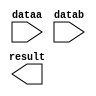
// megafunction wizard: %LPM_MULT%VBB%
// GENERATION: STANDARD
// VERSION: WM1.0
// MODULE: lpm_mult 

// ============================================================
// Megafunction Name(s):
// 			lpm_mult
//
// Simulation Library Files(s):
// 			lpm
// ============================================================
// ************************************************************
// THIS IS A WIZARD-GENERATED FILE. DO NOT EDIT THIS FILE!
//
// 13.0.1 Build 232 06/12/2013 SP 1 SJ Web Edition
// ************************************************************

//Copyright (C) 1991-2013 Altera Corporation
//Your use of Altera Corporation's design tools, logic functions 
//and other software and tools, and its AMPP partner logic 
//functions, and any output files from any of the foregoing 
//(including device programming or simulation files), and any 
//associated documentation or information are expressly subject 
//to the terms and conditions of the Altera Program License 
//Subscription Agreement, Altera MegaCore Function License 
//Agreement, or other applicable license agreement, including, 
//without limitation, that your use is for the sole purpose of 
//programming logic devices manufactured by Altera and sold by 
//Altera or its authorized distributors.  Please refer to the 
//applicable agreement for further details.

module mult (
	dataa,
	datab,
	result);

	input	[15:0]  dataa;
	input	[15:0]  datab;
	output	[31:0]  result;

endmodule

// ============================================================
// CNX file retrieval info
// ============================================================
// Retrieval info: PRIVATE: AutoSizeResult NUMERIC "1"
// Retrieval info: PRIVATE: B_isConstant NUMERIC "0"
// Retrieval info: PRIVATE: ConstantB NUMERIC "0"
// Retrieval info: PRIVATE: INTENDED_DEVICE_FAMILY STRING "Cyclone IV GX"
// Retrieval info: PRIVATE: LPM_PIPELINE NUMERIC "0"
// Retrieval info: PRIVATE: Latency NUMERIC "0"
// Retrieval info: PRIVATE: SYNTH_WRAPPER_GEN_POSTFIX STRING "0"
// Retrieval info: PRIVATE: SignedMult NUMERIC "0"
// Retrieval info: PRIVATE: USE_MULT NUMERIC "1"
// Retrieval info: PRIVATE: ValidConstant NUMERIC "0"
// Retrieval info: PRIVATE: WidthA NUMERIC "16"
// Retrieval info: PRIVATE: WidthB NUMERIC "16"
// Retrieval info: PRIVATE: WidthP NUMERIC "32"
// Retrieval info: PRIVATE: aclr NUMERIC "0"
// Retrieval info: PRIVATE: clken NUMERIC "0"
// Retrieval info: PRIVATE: new_diagram STRING "1"
// Retrieval info: PRIVATE: optimize NUMERIC "0"
// Retrieval info: LIBRARY: lpm lpm.lpm_components.all
// Retrieval info: CONSTANT: LPM_HINT STRING "MAXIMIZE_SPEED=5"
// Retrieval info: CONSTANT: LPM_REPRESENTATION STRING "UNSIGNED"
// Retrieval info: CONSTANT: LPM_TYPE STRING "LPM_MULT"
// Retrieval info: CONSTANT: LPM_WIDTHA NUMERIC "16"
// Retrieval info: CONSTANT: LPM_WIDTHB NUMERIC "16"
// Retrieval info: CONSTANT: LPM_WIDTHP NUMERIC "32"
// Retrieval info: USED_PORT: dataa 0 0 16 0 INPUT NODEFVAL "dataa[15..0]"
// Retrieval info: USED_PORT: datab 0 0 16 0 INPUT NODEFVAL "datab[15..0]"
// Retrieval info: USED_PORT: result 0 0 32 0 OUTPUT NODEFVAL "result[31..0]"
// Retrieval info: CONNECT: @dataa 0 0 16 0 dataa 0 0 16 0
// Retrieval info: CONNECT: @datab 0 0 16 0 datab 0 0 16 0
// Retrieval info: CONNECT: result 0 0 32 0 @result 0 0 32 0
// Retrieval info: GEN_FILE: TYPE_NORMAL mult.v TRUE
// Retrieval info: GEN_FILE: TYPE_NORMAL mult.inc FALSE
// Retrieval info: GEN_FILE: TYPE_NORMAL mult.cmp FALSE
// Retrieval info: GEN_FILE: TYPE_NORMAL mult.bsf TRUE FALSE
// Retrieval info: GEN_FILE: TYPE_NORMAL mult_inst.v TRUE
// Retrieval info: GEN_FILE: TYPE_NORMAL mult_bb.v TRUE
// Retrieval info: LIB_FILE: lpm